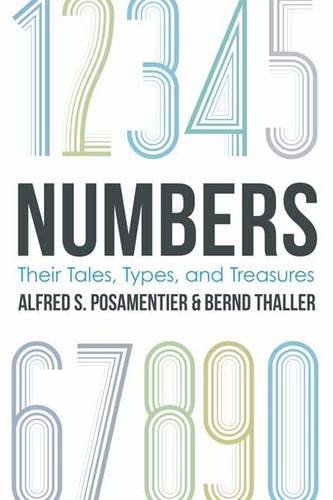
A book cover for Numbers: Their Tales, Types, and Treasures; Alfred S. Posamentier; Science & Math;